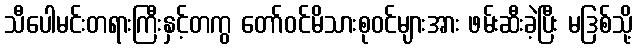
သီပေါမင်းတရားကြီးနှင့်တကွ တော်ဝင်မိသားစုဝင်များအား ဖမ်းဆီးခဲ့ပြီး မဒြစ်သို့